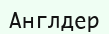
Англдер